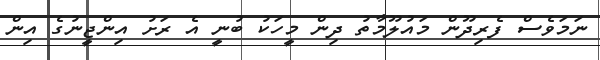
ނަމަވެސް ފެރިދޫން މައުލޫމާތު ދިން މީހަކު ބުނީ އެ ރަށު އިންޖީނުގެ އިން